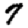
Digit: 7